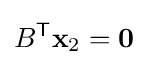
B^{\mathsf {T}}\mathbf {x} _{2}=\mathbf {0}